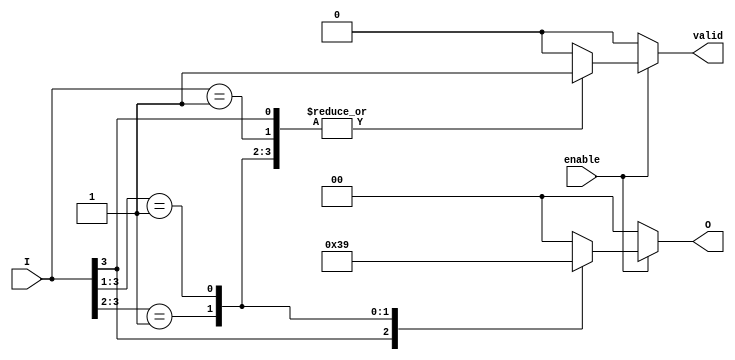
module priority_encoder (
    input wire [3:0] I,      // 4 input lines
    input wire enable,       // Enable input
    output reg [1:0] O,      // 2 output lines
    output reg valid         // Valid output flag
);

    always @(*) begin
        if (!enable) begin
            O = 2'b00;        // Default state when not enabled
            valid = 1'b0;     // No valid output
        end else begin
            casez (I)         // Use casez to handle don't care conditions
                4'b1??? : begin O = 2'b11; valid = 1'b1; end // I3 active
                4'b01?? : begin O = 2'b10; valid = 1'b1; end // I2 active
                4'b001? : begin O = 2'b01; valid = 1'b1; end // I1 active
                4'b0001 : begin O = 2'b00; valid = 1'b1; end // I0 active
                default : begin O = 2'b00; valid = 1'b0; end // No active input
            endcase
        end
    end

endmodule